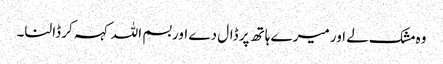
وہ مشک لے اور میرے ہاتھ پر ڈال دے اور بسم اللہ کہہ کر ڈالنا۔